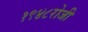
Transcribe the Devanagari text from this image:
१९४८रोजी